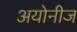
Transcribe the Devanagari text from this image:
अयोनीज